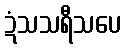
ဍံသသရီသပေ